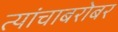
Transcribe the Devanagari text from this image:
त्यांचाबरोबर